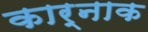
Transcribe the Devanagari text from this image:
कार्नाक